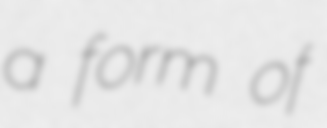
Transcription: a form of